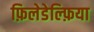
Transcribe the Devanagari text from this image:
फ़िलेडेल्फ़िया